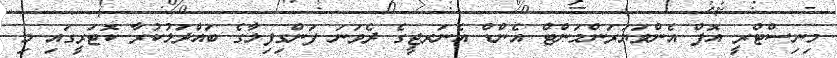
މިނިސްޓްރީ އޮފް އެންވަޔަރަންމަންޓް އެންޑް އެނަރޖީގެ ދެވަނަ ފަންގިފިލާގެ ބައްދަލުކުރާ ކޮޓަރީގައި މި